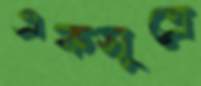
একসূত্রে